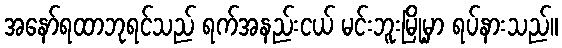
အနော်ရထာဘုရင်သည် ရက်အနည်းငယ် မင်းဘူးမြို့မှာ ရပ်နားသည်။